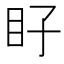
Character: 𭾝